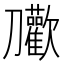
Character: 𭄝